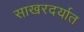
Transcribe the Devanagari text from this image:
साखरदर्यात